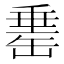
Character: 𦈼